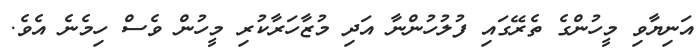
އަނިޔާވި މީހުންގެ ތެރޭގައި ފުލުހުންނާ އަދި މުޒާހަރާކުރި މީހުން ވެސް ހިމެނެ އެވެ.